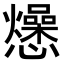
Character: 𭟡